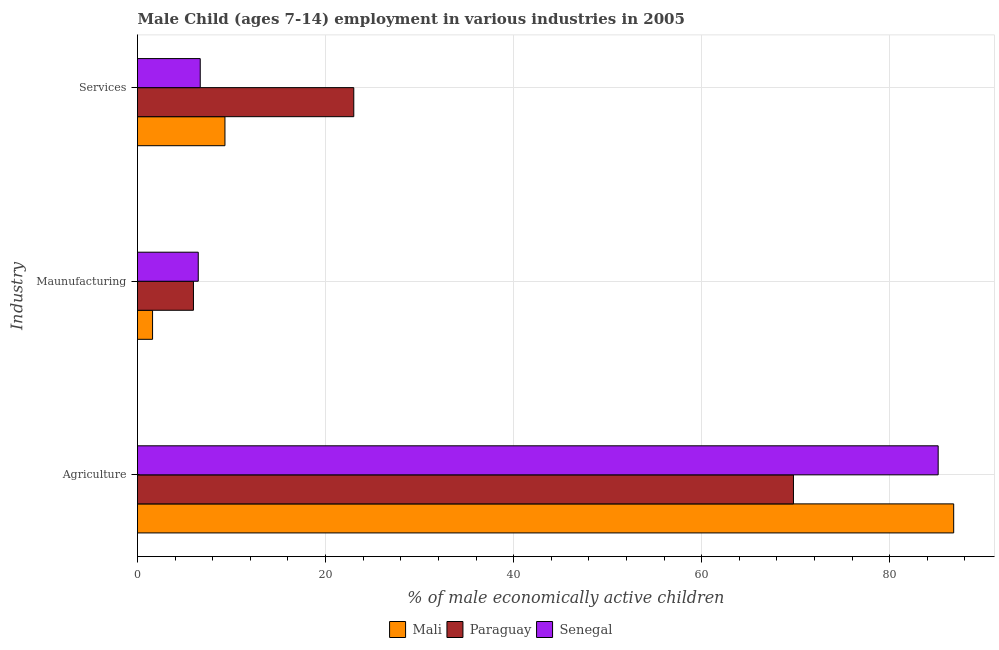
| Industry | Mali | Paraguay | Senegal |
 | --- | --- | --- | --- |
 | Agriculture | 86.8 | 69.8 | 85.2 |
 | Maunufacturing | 1.6 | 5.95 | 6.46 |
 | Services | 9.3 | 23 | 6.67 |